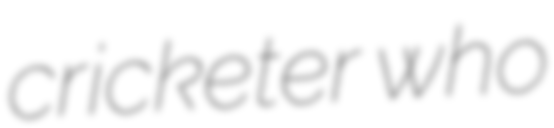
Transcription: cricketer who